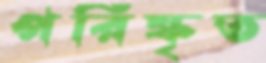
পরিষ্কৃত